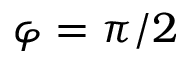
\varphi = \pi / 2